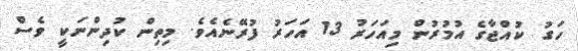
ހަގު ކުއްޖާގެ އުމުރުން މިއަހަރު 13 އަހަރު ފުރޭނެއެވެ. މިތިން ކުދިންނަކީ ވެސް